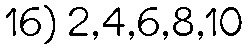
16) 2,4,6,8,10